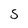
Character: S